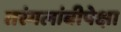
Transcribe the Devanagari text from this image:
तरंगलांबीपेक्षा